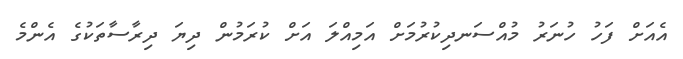
އެއަށް ފަހު ހުނަރު މުއްސަނދިކުރުމަށް އަމިއްލަ އަށް ކުރަމުން ދިޔަ ދިރާސާތަކުގެ އެންމެ